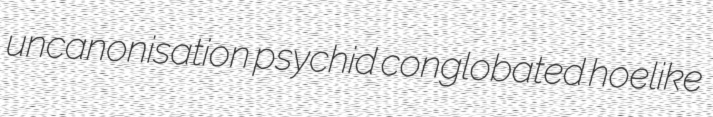
uncanonisation psychid conglobated hoelike